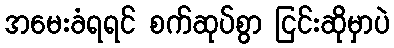
အမေးခံရရင် စက်ဆုပ်စွာ ငြင်းဆိုမှာပဲ